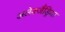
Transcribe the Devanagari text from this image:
अलेक्जैंड्रिया